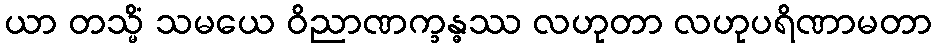
ယာ တသ္မိံ သမယေ ဝိညာဏက္ခန္ဓဿ လဟုတာ လဟုပရိဏာမတာ